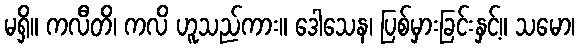
မရှိ။ ကလီတိ၊ ကလိ ဟူသည်ကား။ ဒေါသေန၊ ပြစ်မှားခြင်းနှင့်။ သမော၊